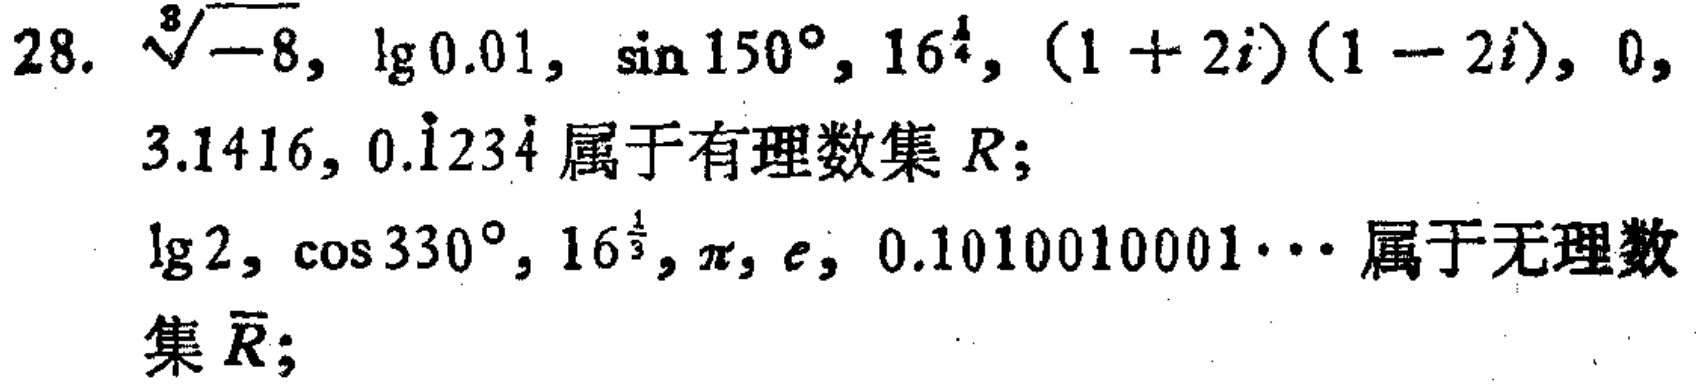
28. $\sqrt[3]{-8}$, $\lg0.01$, $\sin150^{\circ}$, $16^{\frac{1}{4}}$, $(1 + 2i)(1 - 2i)$, $0$, $3.1416$, $0.\dot{1}23\dot{4}$属于有理数集$R$;

$\lg2$, $\cos330^{\circ}$, $16^{\frac{1}{3}}$, $\pi$, $e$, $0.1010010001\cdots$属于无理数集$\overline{R}$;